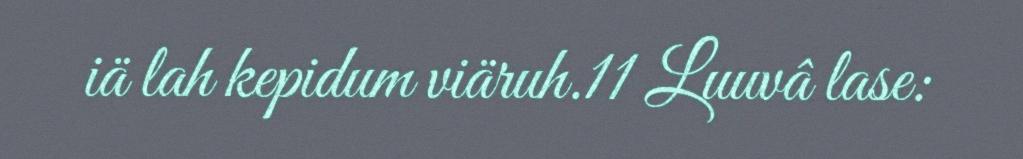
iä lah kepidum viäruh.11 Luuvâ lase: